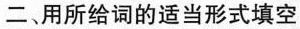
二、用所给词的适当形式填空